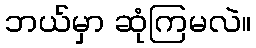
ဘယ်မှာ ဆုံကြမလဲ။